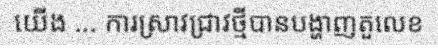
យើង ... ការស្រាវជ្រាវថ្មីបានបង្ហាញតួលេខ